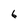
Character: 6